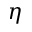
\boldsymbol { \eta }